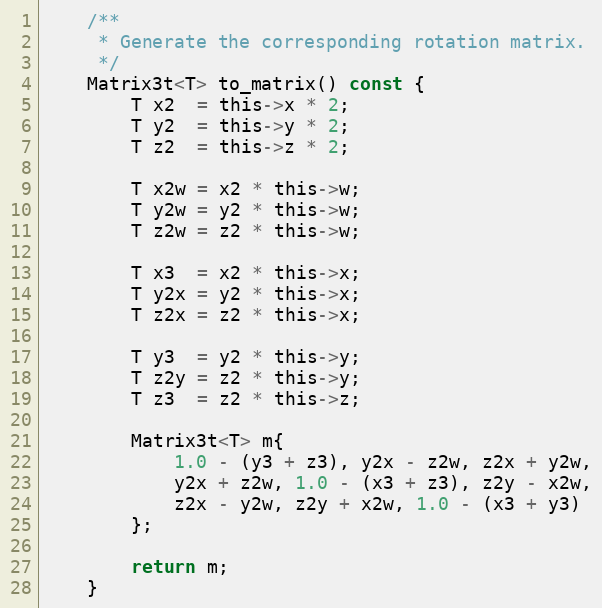
Language: C
	/**
	 * Generate the corresponding rotation matrix.
	 */
	Matrix3t<T> to_matrix() const {
		T x2  = this->x * 2;
		T y2  = this->y * 2;
		T z2  = this->z * 2;

		T x2w = x2 * this->w;
		T y2w = y2 * this->w;
		T z2w = z2 * this->w;

		T x3  = x2 * this->x;
		T y2x = y2 * this->x;
		T z2x = z2 * this->x;

		T y3  = y2 * this->y;
		T z2y = z2 * this->y;
		T z3  = z2 * this->z;

		Matrix3t<T> m{
			1.0 - (y3 + z3), y2x - z2w, z2x + y2w,
			y2x + z2w, 1.0 - (x3 + z3), z2y - x2w,
			z2x - y2w, z2y + x2w, 1.0 - (x3 + y3)
		};

		return m;
	}